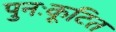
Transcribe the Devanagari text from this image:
पुनःकूटित